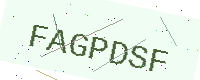
Text: FAGPDSF